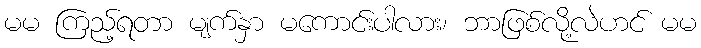
မမ ကြည့်ရတာ မျက်နှာ မကောင်းပါလား၊ ဘာဖြစ်လို့လဲဟင် မမ